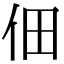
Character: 佃